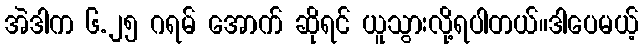
အဲဒါက ၆.၂၅ ဂရမ် အောက် ဆိုရင် ယူသွားလို့ရပါတယ်။ဒါပေမယ့်